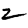
Digit: 2